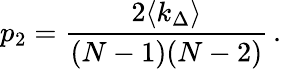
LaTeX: p_{2}=\frac{2\langle k_{\Delta}\rangle}{(N-1)(N-2)}\, .